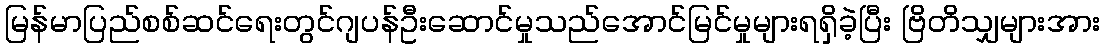
မြန်မာပြည်စစ်ဆင်ရေးတွင်ဂျပန်ဦးဆောင်မှုသည်အောင်မြင်မှုများရရှိခဲ့ပြီး ဗြိတိသျှများအား